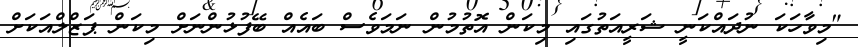
"މިވާހަކަ ނުދައްކަނީ ޝަރީއަތުގައި މިކަން އޮތުމުން ނަމަވެސް ބައެއް ބޭފުޅުންނަށް މިކަން ޕަޒްލްއަކަށް